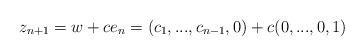
LaTeX: \begin{align*}z_{n+1}=w+ce_{n}=(c_{1},...,c_{n-1},0)+c(0,...,0,1) \end{align*}